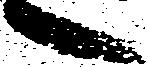
々